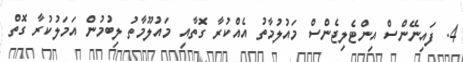
4. ފައިނޭންސް އިންޓެލިޖެންސް މައުލުމާތު އެއްކުރާ ގޮތާއި މައުލޫމާތު ލިބުމުން އަމަލުކުރާ ގޮތް